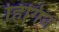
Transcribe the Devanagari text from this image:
हिगिंज